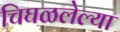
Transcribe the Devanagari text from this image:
चिघळलेल्या